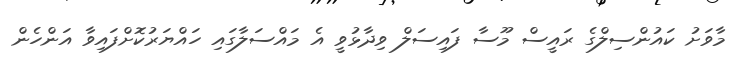
މާވަށު ކައުންސިލްގެ ރައީސް މޫސާ ފައިސަލް ވިދާޅުވީ އެ މައްސަލާގައި ހައްޔަރުކޮށްފައިވާ އަންހެން